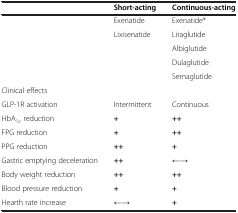
<table><thead><tr><td></td><td><b>Short-acting</b></td><td><b>Continuous-acting</b></td></tr></thead><tbody><tr><td></td><td>Exenatide</td><td>Exenatide*</td></tr><tr><td></td><td>Lixisenatide</td><td>Liraglutide</td></tr><tr><td></td><td></td><td>Albiglutide</td></tr><tr><td></td><td></td><td>Dulaglutide</td></tr><tr><td></td><td></td><td>Semaglutide</td></tr><tr><td>Clinical effects</td><td></td><td></td></tr><tr><td>GLP-1R activation</td><td>Intermittent</td><td>Continuous</td></tr><tr><td>HbA<sub>1c</sub> reduction</td><td><b>+</b></td><td><b>++</b></td></tr><tr><td>FPG reduction</td><td><b>+</b></td><td><b>++</b></td></tr><tr><td>PPG reduction</td><td><b>++</b></td><td><b>+</b></td></tr><tr><td>Gastric emptying deceleration</td><td><b>++</b></td><td><b>←→</b></td></tr><tr><td>Body weight reduction</td><td><b>++</b></td><td><b>++</b></td></tr><tr><td>Blood pressure reduction</td><td><b>+</b></td><td><b>+</b></td></tr><tr><td>Hearth rate increase</td><td><b>←→</b></td><td><b>+</b></td></tr></tbody></table>